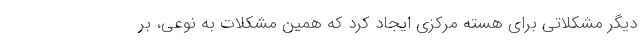
دیگر مشکلاتی برای هسته مرکزی ایجاد کرد که همین مشکلات به نوعی، بر